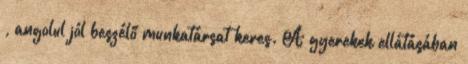
, angolul jól beszélő munkatársat keres. A gyerekek ellátásában